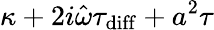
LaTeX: \kappa+2i\hat{\omega}\tau_{\mathrm{diff}}+a^{2}\tau